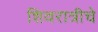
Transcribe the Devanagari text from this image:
शिवरात्रीचे